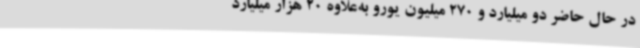
در حال حاضر دو میلیارد و 270 میلیون یورو به‌علاوه 20 هزار میلیارد